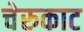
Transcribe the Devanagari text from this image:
चेरुकाट